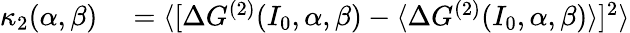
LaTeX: \begin{array}{rl}{\kappa_{2}(\alpha,\beta)}&{{}=\langle[\Delta G^{(2)}(I_{0},\alpha,\beta)-\langle\Delta G^{(2)}(I_{0},\alpha,\beta)\rangle]^{2}\rangle}\end{array}